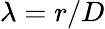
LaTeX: \lambda=r/D